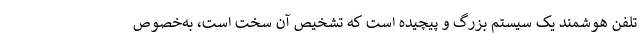
تلفن هوشمند یک سیستم بزرگ و پیچیده است که تشخیص آن سخت است، به‌خصوص